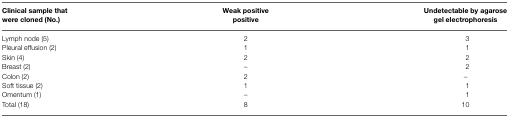
<table><thead><tr><td><b>Clinical sample that were cloned (No.)</b></td><td><b>Weak positive positive</b></td><td><b>Undetectable by agarose gel electrophoresis</b></td></tr></thead><tbody><tr><td>Lymph node (5)</td><td>2</td><td>3</td></tr><tr><td>Pleural effusion (2)</td><td>1</td><td>1</td></tr><tr><td>Skin (4)</td><td>2</td><td>2</td></tr><tr><td>Breast (2)</td><td>–</td><td>2</td></tr><tr><td>Colon (2)</td><td>2</td><td>–</td></tr><tr><td>Soft tissue (2)</td><td>1</td><td>1</td></tr><tr><td>Omentum (1)</td><td>–</td><td>1</td></tr><tr><td>Total (18)</td><td>8</td><td>10</td></tr></tbody></table>